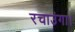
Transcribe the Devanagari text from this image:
रचाउंगा।